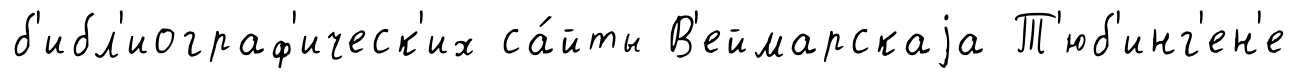
б'ибл'иограф'ическ'их са́йты В'еймарскаjа Т'юб'инг'ен'е